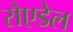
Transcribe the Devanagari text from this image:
रोएडेल